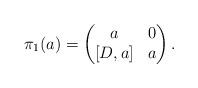
LaTeX: \begin{align*}\pi_1(a) = \begin{pmatrix}a & 0\\ [D,a] & a\end{pmatrix}.\end{align*}